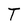
Character: T